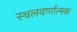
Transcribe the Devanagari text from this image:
स्थलवर्णात्मक